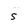
Character: s